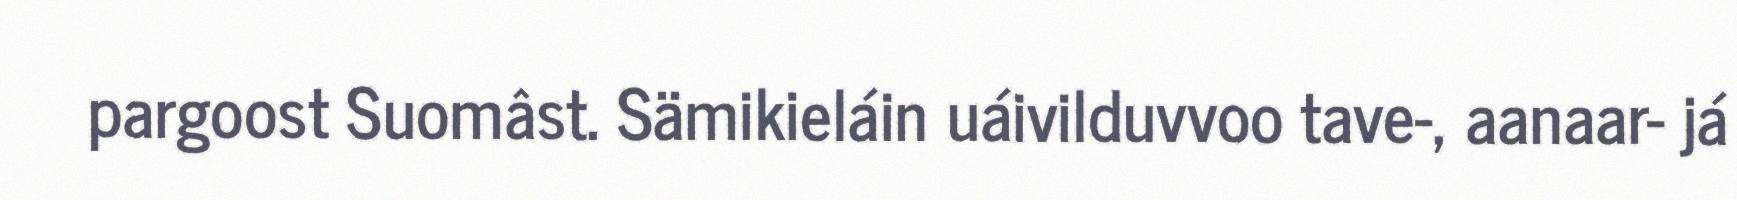
pargoost Suomâst. Sämikieláin uáivilduvvoo tave-, aanaar- já